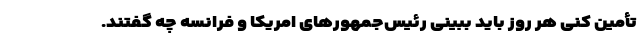
تأمین کنی هر روز باید ببینی رئیس‌‌جمهورهای امریکا و فرانسه چه گفتند.